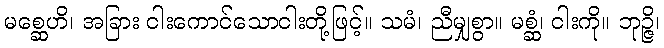
မစ္ဆေဟိ၊ အခြား ငါးကောင်သောငါးတို့ဖြင့်။ သမံ၊ ညီမျှစွာ။ မစ္ဆံ၊ ငါးကို။ ဘုဉ္ဇိ၊